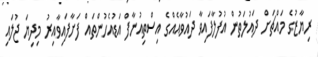
ރިޔާޒުގެ މައްޗަށް ދައުލަތުން އުފުލާފައިވާ ދައުވާއެއްގެ އިސްތިއުނާފް އަޑުއެހުންތައް ފަށާފައިވާއިރު މިދިޔަ ޖުލައި